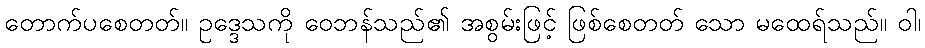
တောက်ပစေတတ်။ ဥဒ္ဒေသကို ဝေဘန်သည်၏ အစွမ်းဖြင့် ဖြစ်စေတတ် သော မထေရ်သည်။ ဝါ၊